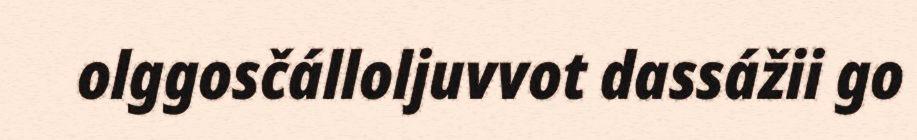
olggosčálloljuvvot dassážii go